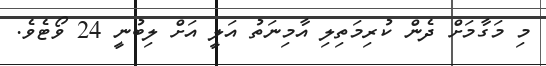
މި މަގާމަށް ދެން ކުރިމަތިލި އާމިނަތު އަލީ އަށް ލިބުނީ 24 ވޯޓެވެ.